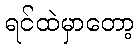
ရင်ထဲမှာတော့